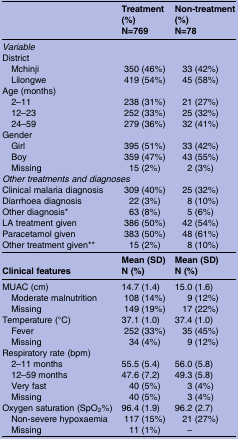
<table><thead><tr><td></td><td><b>Treatment (%)N=769</b></td><td><b>Non-treatment (%)N=78</b></td></tr></thead><tbody><tr><td colspan="3"><i>Variable</i></td></tr><tr><td colspan="3">District</td></tr><tr><td> Mchinji</td><td>350 (46%)</td><td>33 (42%)</td></tr><tr><td> Lilongwe</td><td>419 (54%)</td><td>45 (58%)</td></tr><tr><td colspan="3">Age (months)</td></tr><tr><td> 2–11</td><td>238 (31%)</td><td>21 (27%)</td></tr><tr><td> 12–23</td><td>252 (33%)</td><td>25 (32%)</td></tr><tr><td> 24–59</td><td>279 (36%)</td><td>32 (41%)</td></tr><tr><td colspan="3">Gender</td></tr><tr><td> Girl</td><td>395 (51%)</td><td>33 (42%)</td></tr><tr><td> Boy</td><td>359 (47%)</td><td>43 (55%)</td></tr><tr><td> Missing</td><td>15 (2%)</td><td>2 (3%)</td></tr><tr><td colspan="3"><i>Other treatments and diagnoses</i></td></tr><tr><td>Clinical malaria diagnosis</td><td>309 (40%)</td><td>25 (32%)</td></tr><tr><td>Diarrhoea diagnosis</td><td>22 (3%)</td><td>8 (10%)</td></tr><tr><td>Other diagnosis*</td><td>63 (8%)</td><td>5 (6%)</td></tr><tr><td>LA treatment given</td><td>386 (50%)</td><td>42 (54%)</td></tr><tr><td>Paracetamol given</td><td>383 (50%)</td><td>48 (61%)</td></tr><tr><td>Other treatment given**</td><td>15 (2%)</td><td>8 (10%)</td></tr><tr><td>Clinical features</td><td>Mean (SD)N (%)</td><td>Mean (SD)N (%)</td></tr><tr><td>MUAC (cm)</td><td>14.7 (1.4)</td><td>15.0 (1.6)</td></tr><tr><td> Moderate malnutrition</td><td>108 (14%)</td><td>9 (12%)</td></tr><tr><td> Missing</td><td>149 (19%)</td><td>17 (22%)</td></tr><tr><td>Temperature (°C)</td><td>37.1 (1.0)</td><td>37.4 (1.0)</td></tr><tr><td> Fever</td><td>252 (33%)</td><td>35 (45%)</td></tr><tr><td> Missing</td><td>34 (4%)</td><td>9 (12%)</td></tr><tr><td colspan="3">Respiratory rate (bpm)</td></tr><tr><td> 2–11 months</td><td>55.5 (5.4)</td><td>56.0 (5.8)</td></tr><tr><td> 12–59 months</td><td>47.6 (7.2)</td><td>49.3 (5.8)</td></tr><tr><td> Very fast</td><td>40 (5%)</td><td>3 (4%)</td></tr><tr><td> Missing</td><td>40 (5%)</td><td>3 (4%)</td></tr><tr><td>Oxygen saturation (SpO<sub>2</sub>%)</td><td>96.4 (1.9)</td><td>96.2 (2.7)</td></tr><tr><td> Non-severe hypoxaemia</td><td>117 (15%)</td><td>21 (27%)</td></tr><tr><td> Missing</td><td>11 (1%)</td><td>–</td></tr></tbody></table>